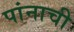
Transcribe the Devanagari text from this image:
पांनाची